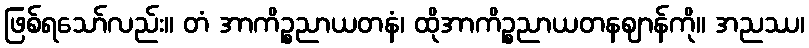
ဖြစ်ရသော်လည်း။ တံ အာကိဉ္စညာယတနံ၊ ထိုအာကိဉ္စညာယတနဈာန်ကို။ အညဿ၊